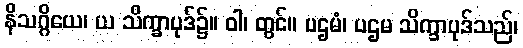
နိသဂ္ဂိယေ၊ ယ သိက္ခာပုဒ်၌။ ဝါ၊ တွင်။ ပဌမံ၊ ပဌမ သိက္ခာပုဒ်သည်၊